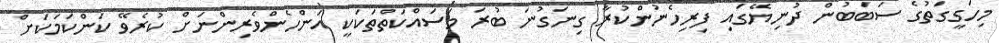
މިހަގީގަތުގެ ސަބަބުން ދުނިޔޭގައި ފިރިހެނުންކުރާ ގިނަގުނަ ބުރަ މަސައްކަތްތަކަކީ އަންހެންވެރިންނަށް ކުރެވޭ ކަންކަމަކަށް